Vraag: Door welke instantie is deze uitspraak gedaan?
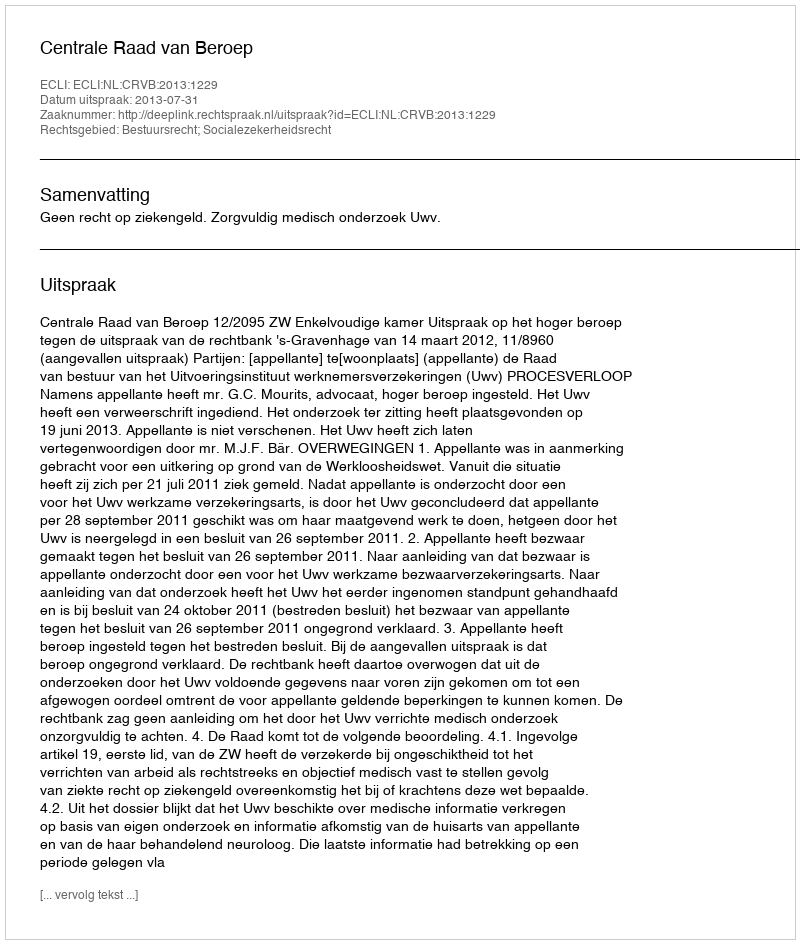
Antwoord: Centrale Raad van Beroep